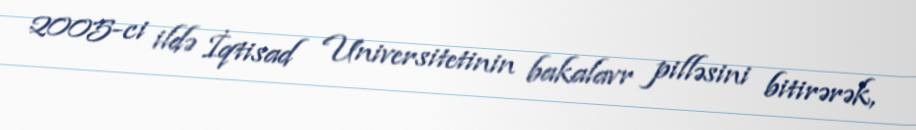
2005-ci ildə İqtisad Universitetinin bakalavr pilləsini bitirərək,